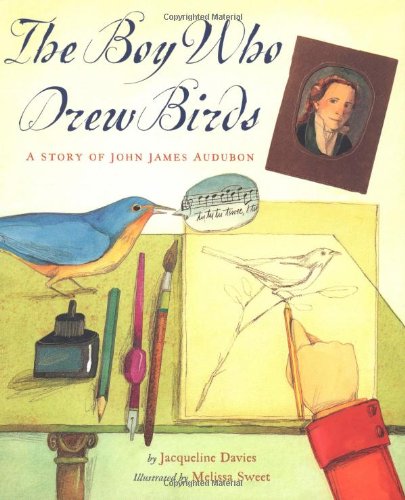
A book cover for The Boy Who Drew Birds: A Story of John James Audubon (Outstanding Science Trade Books for Students K-12); Jacqueline Davies; Children's Books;